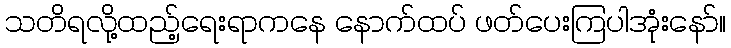
သတိရလို့ထည့်ရေးရာကနေ နောက်ထပ် ဖတ်ပေးကြပါအုံးနော်။